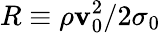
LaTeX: R\equiv\rho\mathbf{v}_{0}^{2}/2\sigma_{0}